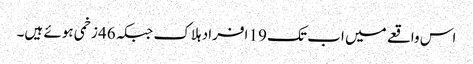
اس واقعے میں اب تک 19 افراد ہلاک جبکہ 46 زخمی ہوئے ہیں۔